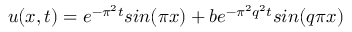
u ( x , t ) = e ^ { - \pi ^ { 2 } t } s i n ( \pi x ) + b e ^ { - \pi ^ { 2 } q ^ { 2 } t } s i n ( q \pi x )